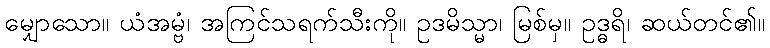
မျှောသော။ ယံအမ္ဗံ၊ အကြင်သရက်သီးကို။ ဥဒမိသ္မာ၊ မြစ်မှ။ ဥဒ္ဓရိ၊ ဆယ်တင်၏။